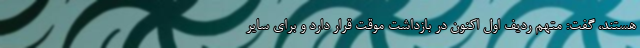
هستند، گفت: متهم ردیف اول اکنون در بازداشت موقت قرار دارد و برای سایر